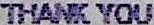
THANK YOU